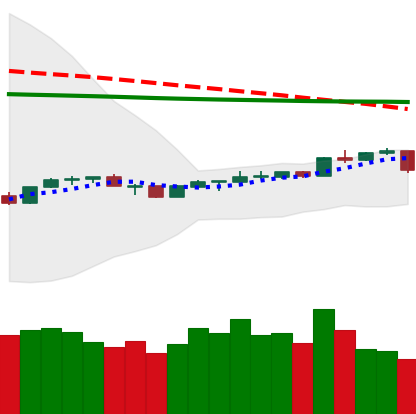
Ticker: NEO-USD
Chart end date: 2020-04-10
Forward return: -4.091%
Label: down_3_5